Vaccination in Bombay 1863-1868 - 1863-1868
Year: 1863
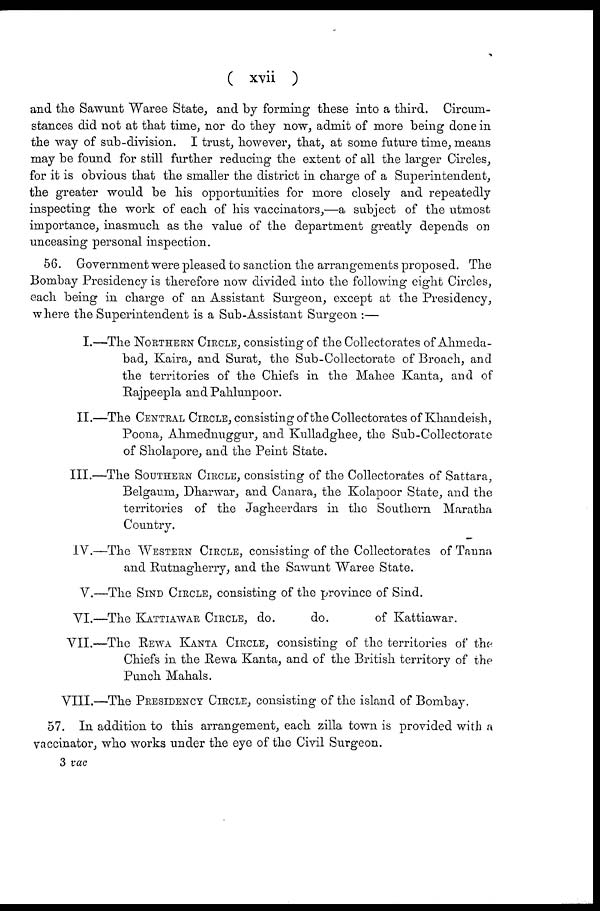
( xvii )
and the Sawunt Waree State, and by forming these into a third. Circum-
stances did not at that time, nor do they now, admit of more being done in
the way of sub-division. I trust, however, that, at some future time, means
may be found for still further reducing the extent of all the larger Circles,
for it is obvious that the smaller the district in charge of a Superintendent,
the greater would be his opportunities for more closely and repeatedly
inspecting the work of each of his vaccinators,—a subject of the utmost
importance, inasmuch as the value of the department greatly depends on
unceasing personal inspection.
56. Government were pleased to sanction the arrangements proposed. The
Bombay Presidency is therefore now divided into the following eight Circles,
each being in charge of an Assistant Surgeon, except at the Presidency,
where the Superintendent is a Sub-Assistant Surgeon :—
I.—The NORTHERN CIRCLE, consisting of the Collectorates of Ahmeda¬
bad, Kaira, and Surat, the Sub-Collectorate of Broach, and
the territories of the Chiefs in the Mahee Kanta, and of
Rajpeepla and Pahlunpoor.
II.—The CENTRAL CIRCLE, consisting of the Collectorates of Khandeish,
Poona, Ahmednuggur, and Kulladghee, the Sub-Collectorate
of Sholapore, and the Peint State.
III.—The SOUTHERN CIRCLE, consisting of the Collectorates of Sattara,
Belgaum, Dharwar, and Canara, the Kolapoor State, and the
territories of the Jagheerdars in the Southern Maratha
Country.
IV.—The WESTERN CIRCLE, consisting of the Collectorates of Tanna
and Rutnagherry, and the Sawunt Waree State.
V.—The SIND CIRCLE, consisting of the province of Sind.
VI.—The KATTIAWAR CIRCLE, do.
do.
of Kattiawar.
VII.—The REWA KANTA CIRCLE, consisting of the territories of the
Chiefs in the Rewa Kanta, and of the British territory of the
Punch Mahals.
VIII.—The PRESIDENCY CIRCLE, consisting of the island of Bombay.
57. In addition to this arrangement, each zilla town is provided with a
vaccinator, who works under the eye of the Civil Surgeon.
3 vac